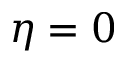
\eta = 0